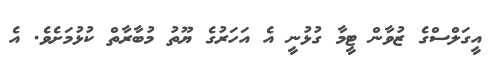
އީގަލްސްގެ ޒުވާން ޓީމާ ގުޅުނީ އެ އަހަރުގެ ޔޫތު މުބާރާތް ކުޅުމަށެވެ. އެ